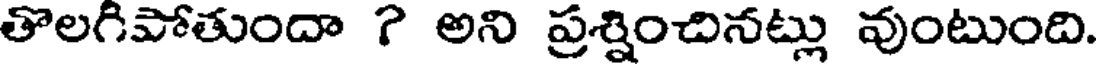
తొలగిపోతుందా ? అని ప్రశ్నించినట్లు వుంటుంది.